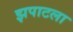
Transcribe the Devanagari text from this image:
झपाटला